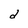
Character: d